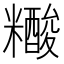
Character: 𰫔